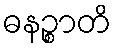
ဓနဉ္စာတိ